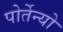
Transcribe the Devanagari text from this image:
पोर्तेन्यो